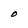
Character: O